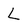
Character: L